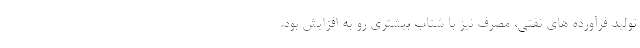
تولید فرآورده های نفتی، مصرف نیز با شتاب بیشتری رو به افزایش بود.